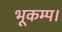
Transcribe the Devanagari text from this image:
भूकम्प।